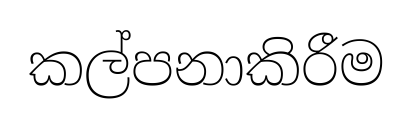
කල්පනාකිරීම